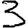
Digit: 3